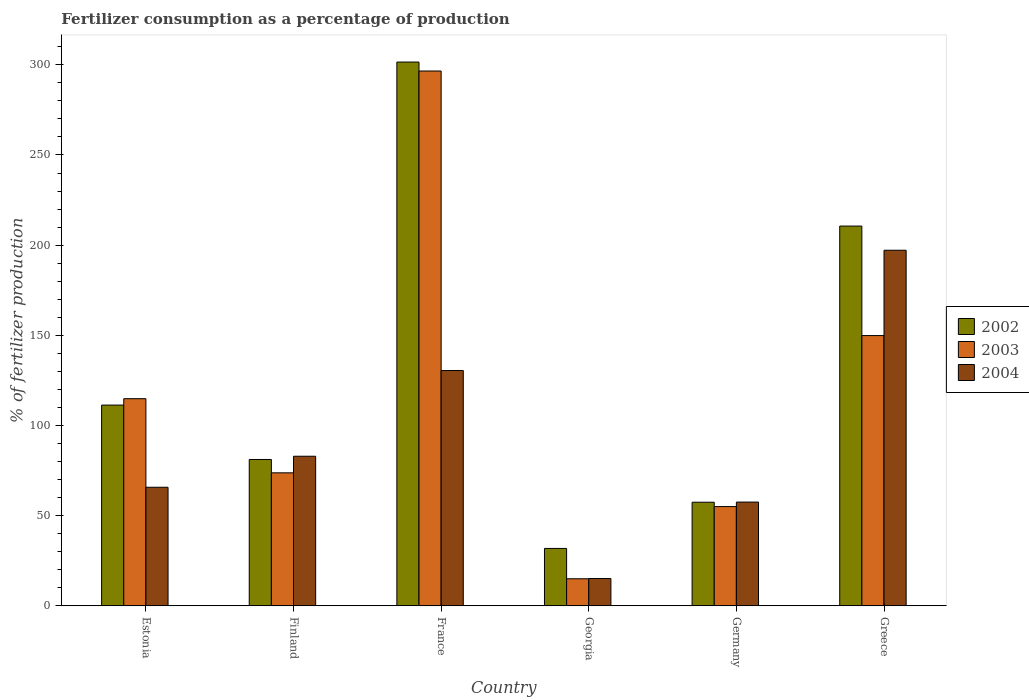
| Country | 2002 | 2003 | 2004 |
 | --- | --- | --- | --- |
 | Estonia | 111 | 115 | 65.7 |
 | Finland | 81.1 | 73.7 | 82.9 |
 | France | 302 | 297 | 130 |
 | Georgia | 31.8 | 15 | 15.1 |
 | Germany | 57.4 | 55 | 57.5 |
 | Greece | 211 | 150 | 197 |